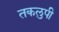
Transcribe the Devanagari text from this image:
तकलुपी